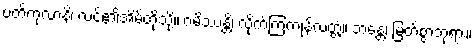
ပတိကုလာနိ၊ လင်၏အိမ်တို့သို့။ ဂမိဿန္တိ၊ လိုက်ကြကုန်လတ္တံ့။ ဘန္တေ၊ မြတ်စွာဘုရား။